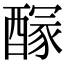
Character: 𨢊